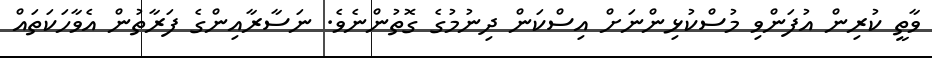
ވާތީ ކުރިން އުފަންވި މުސްކުޅިންނަށް އިސްކަން ދިނުމުގެ ގޮތުންނެވެ. ނަސާރާއިންގެ ފަރާތުން އެވާހަކަތައް